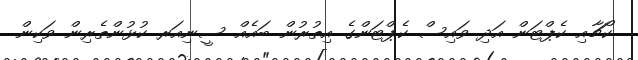
ކޯޗާއި ކެޕްޓަން އަދި ވައިސް ކެޕްޓަންގެ އިތުރުން ބައެއް ސީނިއަރ ކުޅުންތެރިން ވަކިން